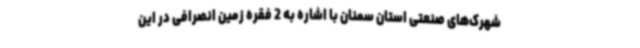
شهرک‌های صنعتی استان سمنان با اشاره به 2 فقره زمین انصرافی در این